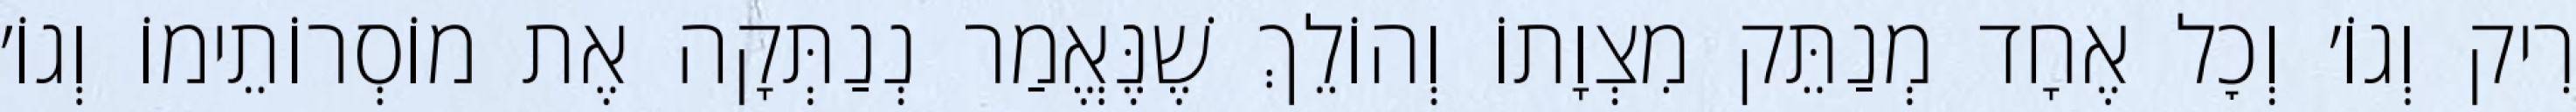
רִיק וְגוֹ׳ וְכׇל אֶחָד מְנַתֵּק מִצְוָתוֹ וְהוֹלֵךְ שֶׁנֶּאֱמַר נְנַתְּקָה אֶת מוֹסְרוֹתֵימוֹ וְגוֹ׳